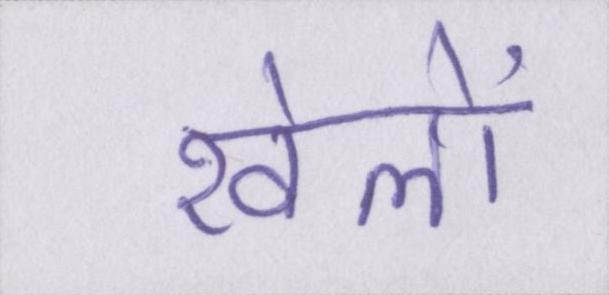
खेलों